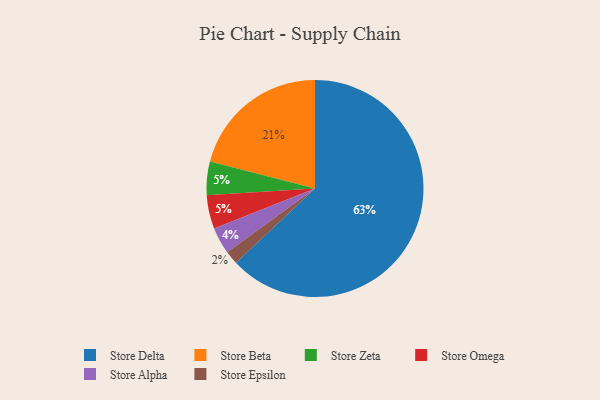
{"axis": {"x": "Category", "y": "Percentage"}, "legend": ["Store Alpha", "Store Beta", "Store Delta", "Store Epsilon", "Store Omega", "Store Zeta"], "data": [{"x": "Store Zeta", "y": 5, "type": "Store Zeta"}, {"x": "Store Omega", "y": 5, "type": "Store Omega"}, {"x": "Store Beta", "y": 21, "type": "Store Beta"}, {"x": "Store Alpha", "y": 4, "type": "Store Alpha"}, {"x": "Store Epsilon", "y": 2, "type": "Store Epsilon"}, {"x": "Store Delta", "y": 63, "type": "Store Delta"}]}